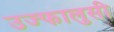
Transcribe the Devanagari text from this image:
उज्फालुसी